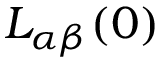
L _ { \alpha \beta } ( 0 )